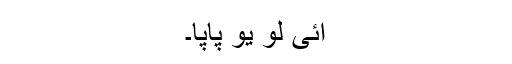
آئی لو یو پاپا۔